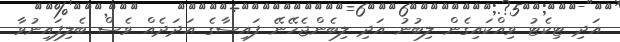
އަދި ޓިކެޓު ވިއްކައިގެން ލިބުނު އަދި ލިބެންޖެހޭނޭ ފައިސާގެ އަދަދެއް ވެސް ބެލިފައިނުވާ